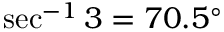
\sec ^ { - 1 } 3 = 7 0 . 5 ^ { \circ }